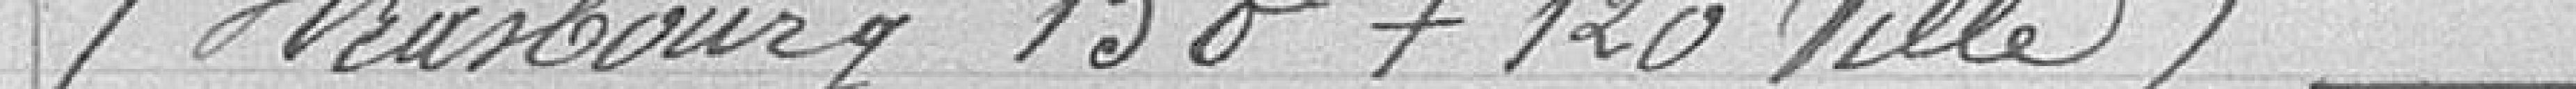
(Strasbourg 150 + 120 Ville